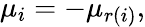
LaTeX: \mu_{i}=-\mu_{r(i)},